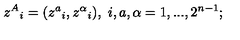
z ^ { A } { } _ { i } = ( z ^ { a } { } _ { i } , z ^ { \alpha } { } _ { i } ) , \ i , a , \alpha = 1 , . . . , 2 ^ { n - 1 } ;